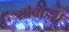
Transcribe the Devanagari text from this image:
सीवार्ड्स